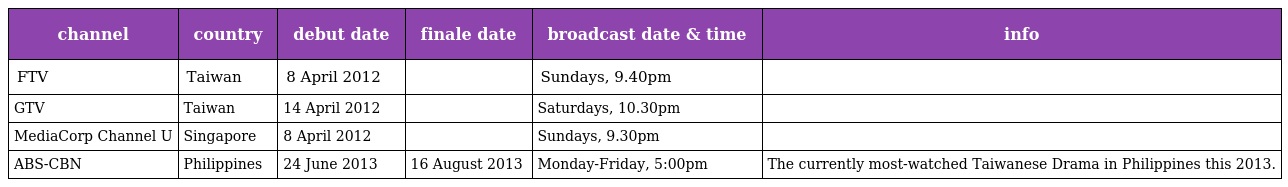
| channel | country | debut date | finale date | broadcast date & time | info |
 | --- | --- | --- | --- | --- | --- |
 | FTV | Taiwan | 8 April 2012 |  | Sundays, 9.40pm |  |
 | GTV | Taiwan | 14 April 2012 |  | Saturdays, 10.30pm |  |
 | MediaCorp Channel U | Singapore | 8 April 2012 |  | Sundays, 9.30pm |  |
 | ABS-CBN | Philippines | 24 June 2013 | 16 August 2013 | Monday-Friday, 5:00pm | The currently most-watched Taiwanese Drama in Philippines this 2013. |